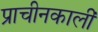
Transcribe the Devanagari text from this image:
प्राचीनकालीं